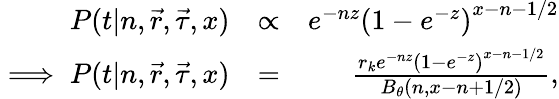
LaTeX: \begin{array}{rlr}{P(t|n,\vec{r},\vec{\tau},x)}&{\propto}&{e^{-nz}\left(1-e^{-z}\right)^{x-n-1/2}}\\ {\implies P(t|n,\vec{r},\vec{\tau},x)}&{=}&{\frac{r_{k}e^{-nz}\left(1-e^{-z}\right)^{x-n-1/2}}{B_{\theta}(n,x-n+1/2)},}\end{array}